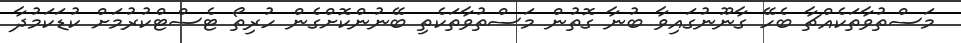
މަސްތުވާތަކެއްޗާ ބެހޭ ގާނޫނުގައިވާ ބުނާ ގޮތުން މަސްތުވާތަކެތި ބޭނުންކޮށްގެން ހުރިތޯ ޓެސްޓްކުރުމަށް ކުޑަކަމުދާ